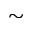
\sim